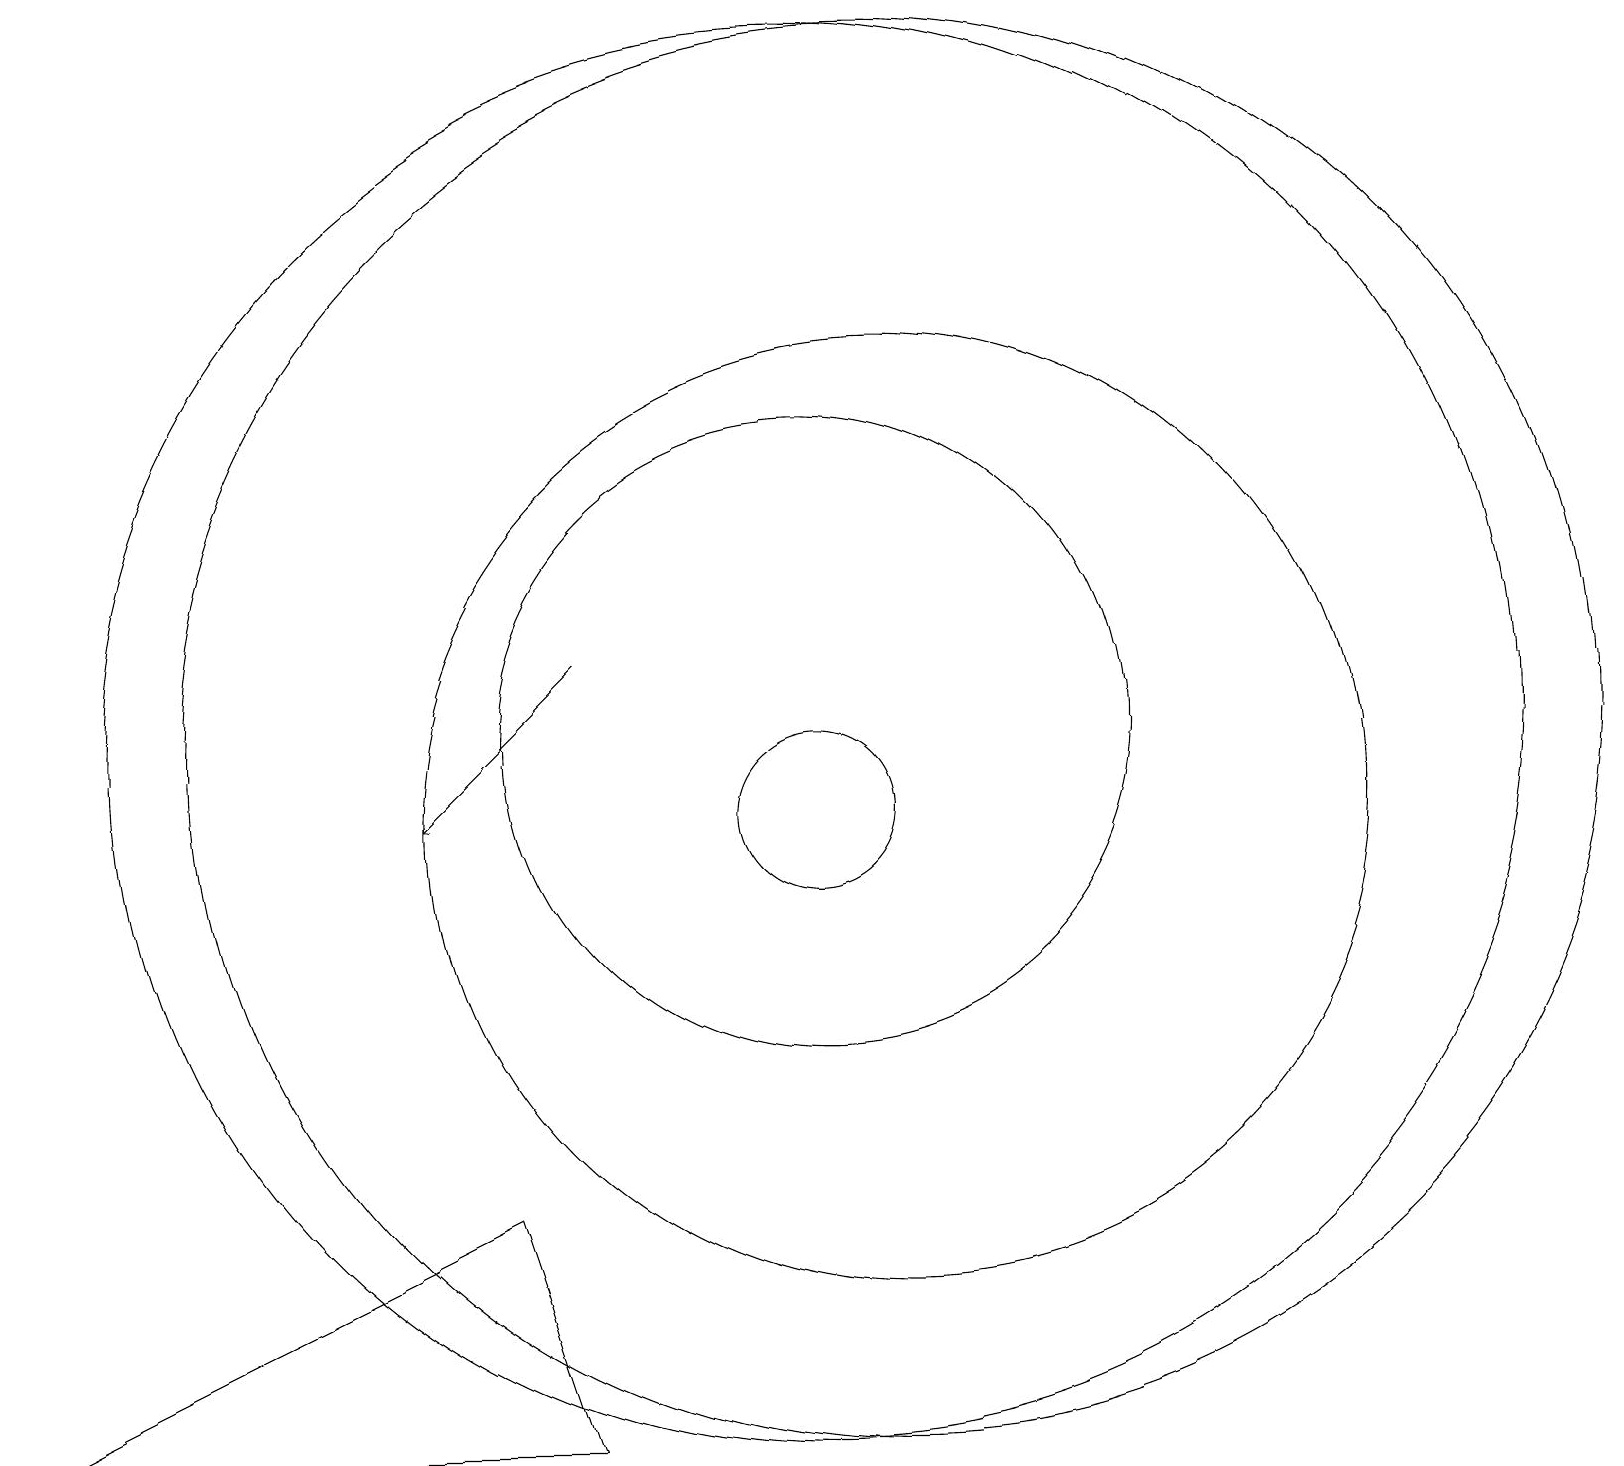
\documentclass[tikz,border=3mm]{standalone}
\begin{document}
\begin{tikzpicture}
\draw (11,11) circle (9);
\draw (0,2) -- (6,5) -- (7,2) -- cycle;
\draw (10,11) circle (9);
\draw (10,11) circle (4);
\draw (10,10) circle (1);
\draw (11,10) circle (6);
\draw[->] (7,12) -- (5,10);
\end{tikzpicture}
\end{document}